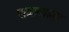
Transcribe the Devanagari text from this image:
पाळण्याला